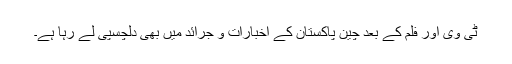
ٹی وی اور فلم کے بعد چین پاکستان کے اخبارات و جرائد میں بھی دلچسپی لے رہا ہے۔